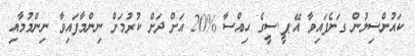
ކައުންސިލުން ގަނެފައިވާ އޭ.ޕީ.ސީގެ ޙިއްސާ %20 އަށް ދަށް ކުރުމަށް ނިންމާފައިވާ ނިންމުމާއި